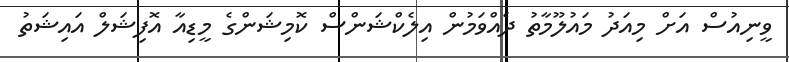
ވީނިއުސް އަށް މިއަދު މައުލޫމާތު ދެއްވަމުން އިލެކްޝަންސް ކޮމިޝަންގެ މީޑިއާ އޮފިޝަލް އައިޝަތު